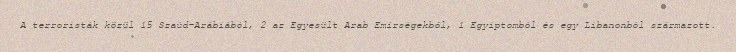
A terroristák közül 15 Szaúd-Arábiából, 2 az Egyesült Arab Emírségekből, 1 Egyiptomból és egy Libanonból származott.